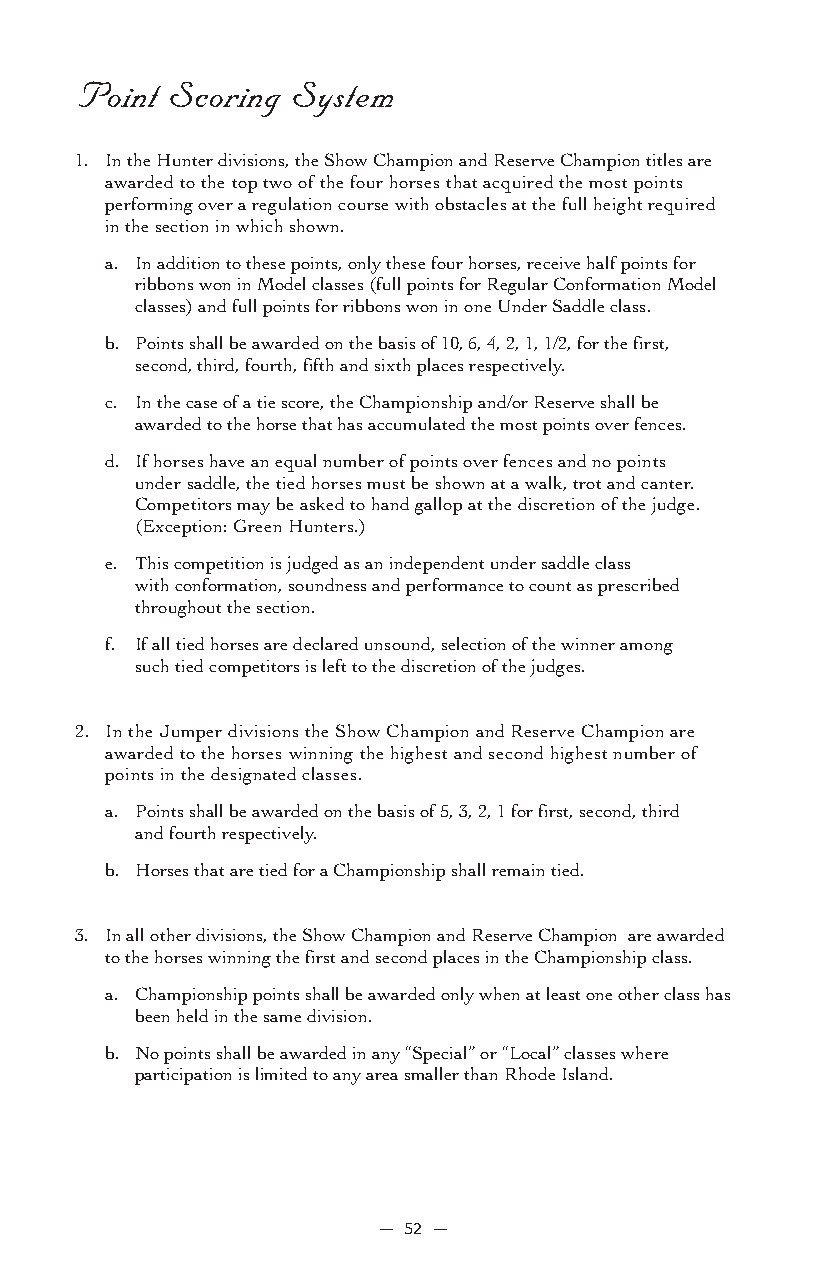
Point Scoring System
 1. In the Hunter divisions, the Show Champion and Reserve Champion titles are
 awarded to the top two of the four horses that acquired the most points
 performing over a regulation course with obstacles at the full height required
 in the section in which shown.
 a. In addition to these points, only these four horses, receive half points for
 ribbons won in Model classes (full points for Regular Conformation Model
 classes) and full points for ribbons won in one Under Saddle class.
 b. Points shall be awarded on the basis of 10, 6, 4, 2, 1, 1/2, for the first,
 second, third, fourth, fifth and sixth places respectively.
 c. In the case of a tie score, the Championship and/or Reserve shall be
 awarded to the horse that has accumulated the most points over fences.
 d. If horses have an equal number of points over fences and no points
 under saddle, the tied horses must be shown at a walk, trot and canter.
 Competitors may be asked to hand gallop at the discretion of the judge.
 (Exception: Green Hunters.)
 e. This competition is judged as an independent under saddle class
 with conformation, soundness and performance to count as prescribed
 throughout the section.
 f. If all tied horses are declared unsound, selection of the winner among
 such tied competitors is left to the discretion of the judges.
 2. In the Jumper divisions the Show Champion and Reserve Champion are
 awarded to the horses winning the highest and second highest number of
 points in the designated classes.
 a. Points shall be awarded on the basis of 5, 3, 2, 1 for first, second, third
 and fourth respectively.
 b. Horses that are tied for a Championship shall remain tied.
 3. In all other divisions, the Show Champion and Reserve Champion are awarded
 to the horses winning the first and second places in the Championship class.
 a. Championship points shall be awarded only when at least one other class has
 been held in the same division.
 b. No points shall be awarded in any “Special” or “Local” classes where
 participation is limited to any area smaller than Rhode Island.
 — 52 —